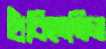
হাঁকিতেছিল